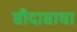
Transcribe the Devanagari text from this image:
सीदासाधा